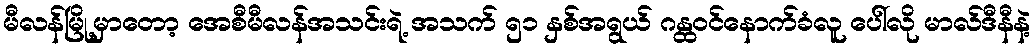
မီလန်မြို့မှာတော့ အေစီမီလန်အသင်းရဲ့ အသက် ၅၁ နှစ်အရွယ် ဂန္ထဝင်နောက်ခံလူ ပေါ်လို မာလ်ဒီနီနဲ့